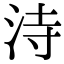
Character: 洔